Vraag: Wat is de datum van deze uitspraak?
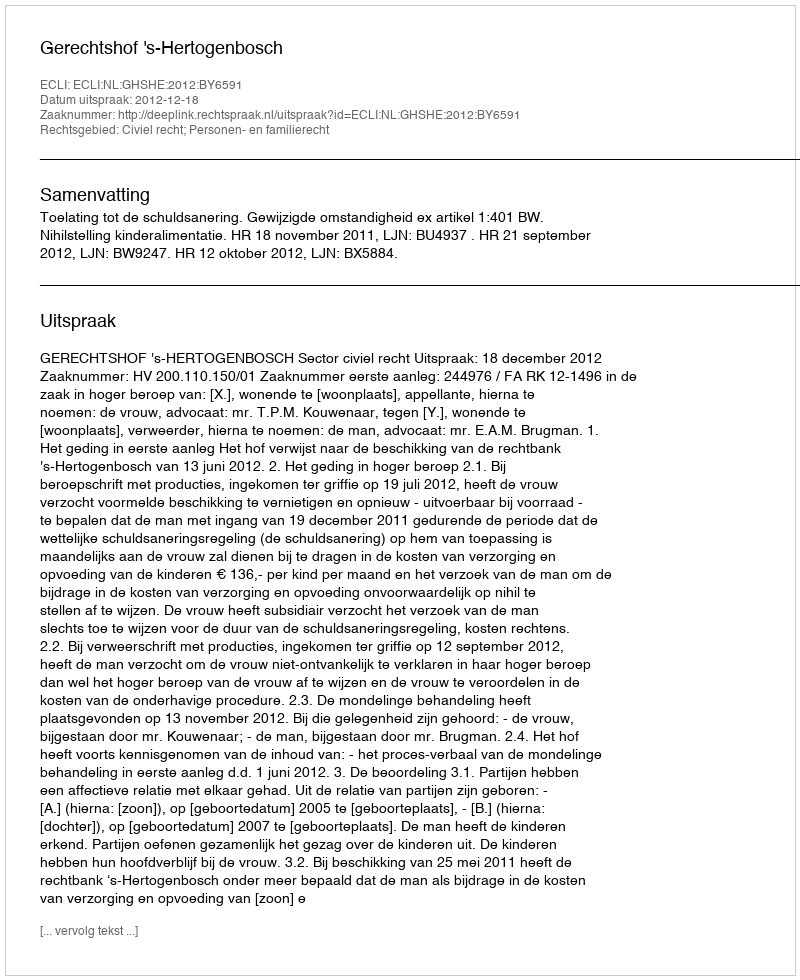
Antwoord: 2012-12-18